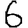
Digit: 6